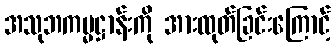
အသုဘကမ္မဋ္ဌာန်းကို အားထုတ်ခြင်းကြောင့်